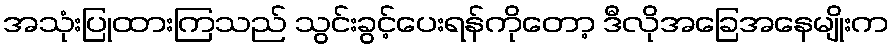
အသုံးပြုထားကြသည် သွင်းခွင့်ပေးရန်ကိုတော့ ဒီလိုအခြေအနေမျိုးက